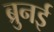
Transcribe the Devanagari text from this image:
ब्रुनई